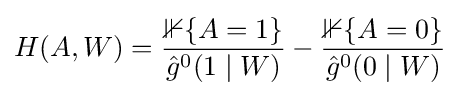
H(A,W)={\frac {\mathbb {1} \{A=1\}}{{\hat {g}}^{0}(1\mid W)}}-{\frac {\mathbb {1} \{A=0\}}{{\hat {g}}^{0}(0\mid W)}}